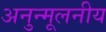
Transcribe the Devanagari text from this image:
अनुन्मूलनीय